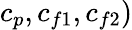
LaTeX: c_{p},c_{f1},c_{f2})